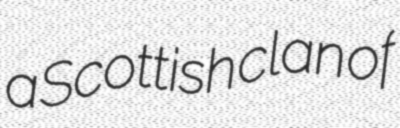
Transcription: a Scottish clan of